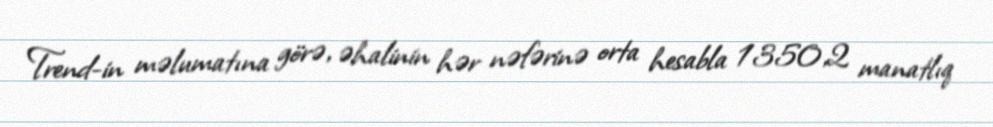
Trend-in məlumatına görə, əhalinin hər nəfərinə orta hesabla 1350,2 manatlıq